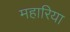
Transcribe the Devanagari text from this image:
महारिया